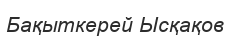
Бақыткерей Ысқақов